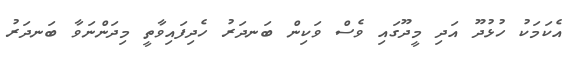
އެކަމަކު ހުޅުދޫ އަދި މީދޫގައި ވެސް ވަކިން ބަނދަރު ހެދިފައިވާތީ މިދަންނަވާ ބަނދަރު